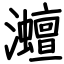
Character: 灗